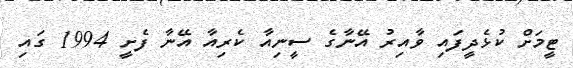
ޓީމަށް ކުޅެދީފައި ވާއިރު އޭނާގެ ސީނިއާ ކެރިއާ އޭނާ ފެށީ 1994 ގައި